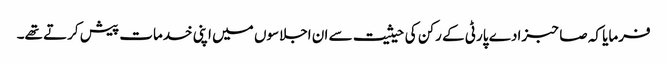
فرمایا کہ صاحبزادے پارٹی کے رکن کی حیثیت سے ان اجلاسوں میں اپنی خدمات پیش کرتے تھے۔